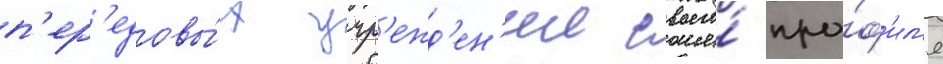
п'ер'едовы́х учр'ежд'ен'ии своего́ про́ф'ил'я